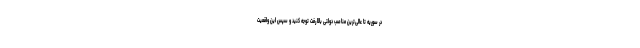
در سوریه تا عالی‌ترین مناصب دولتی بالا رفت توجه کنید و سپس این واقعیت